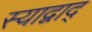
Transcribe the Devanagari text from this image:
स्याद्वाद्